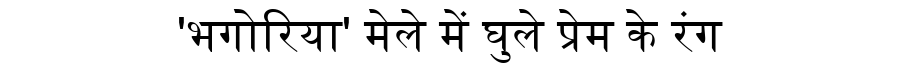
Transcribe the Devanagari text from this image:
'भगोरिया' मेले में घुले प्रेम के रंग